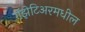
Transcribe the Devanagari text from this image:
गॅझेटिअरमधील